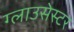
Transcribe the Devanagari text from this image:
ग्लाउसेस्टर